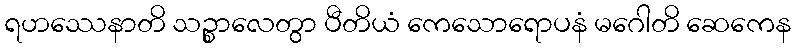
ရဟဿေနာတိ သဉ္စာလေတွာ ပီတိယံ ကေသောရောပနံ မဂေါတိ ဆေကေန